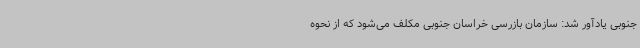
جنوبی یادآور شد: سازمان بازرسی خراسان‌ جنوبی مکلف می‌شود که از نحوه